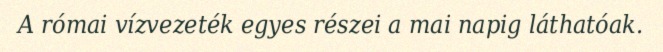
A római vízvezeték egyes részei a mai napig láthatóak.